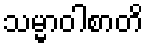
သမ္မာဝါစာတိ